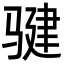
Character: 𩨃